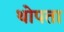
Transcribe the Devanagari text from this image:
थोपता